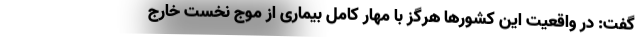
گفت: در واقعیت این کشورها هرگز با مهار کامل بیماری از موج نخست خارج